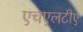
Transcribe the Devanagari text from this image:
एचएलटीए